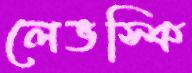
লেভস্কি